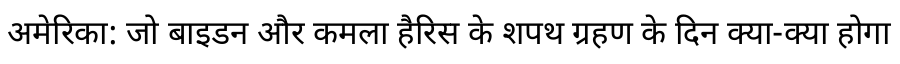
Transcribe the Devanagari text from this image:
अमेरिका: जो बाइडन और कमला हैरिस के शपथ ग्रहण के दिन क्या-क्या होगा